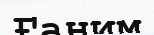
Ғаним